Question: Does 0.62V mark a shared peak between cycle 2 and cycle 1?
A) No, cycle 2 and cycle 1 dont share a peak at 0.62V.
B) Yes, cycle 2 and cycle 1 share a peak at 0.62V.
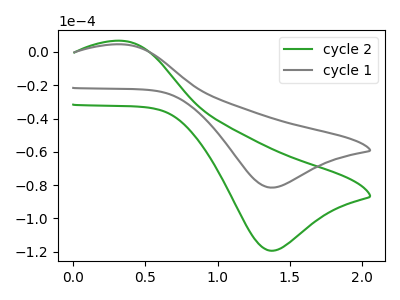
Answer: <think>The green curve "cycle 2" has an anodic peak at (0.35V, 6.60uA) and a cathodic peak at (1.40V, -119.40uA). The gray curve "cycle 1" has an anodic peak at (0.35V, 4.50uA) and a cathodic peak at (1.40V, -81.50uA).</think>
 <answer>A) No, "cycle 2" and "cycle 1" dont share a peak at 0.62V.</answer>
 <eval>A</eval>